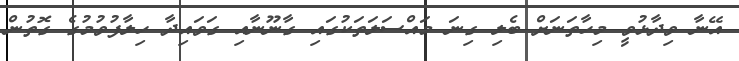
އޭނާ ވިދާޅުވީ މިހާތަނަށް ބެލި ގިނަ މައްސަލަތަކުގައި ގާނޫނާއި ގަވައިދާ ހިލާފުވުމުގެ ގޮތުން